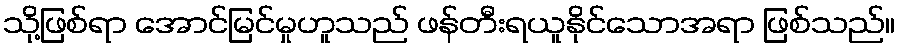
သို့ဖြစ်ရာ အောင်မြင်မှုဟူသည် ဖန်တီးရယူနိုင်သောအရာ ဖြစ်သည်။